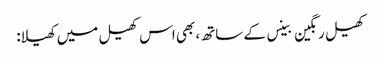
کھیل رنگین بینس کے ساتھ، بھی اس کھیل میں کھیلا: